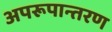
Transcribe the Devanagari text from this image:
अपरूपान्तरण